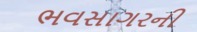
ભવસાગરની